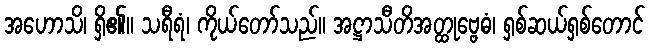
အဟောသိ၊ ရှိ၏။ သရီရံ၊ ကိုယ်တော်သည်။ အဋ္ဌာသီတိအတ္ထုဗ္ဗေဓံ၊ ရှစ်ဆယ်ရှစ်တောင်